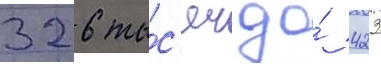
326 ты́с'яч до́ 423